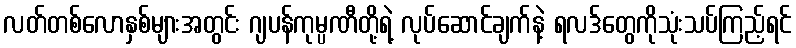
လတ်တစ်လောနှစ်များအတွင်း ဂျပန်ကုမ္ပဏီတို့ရဲ့ လုပ်ဆောင်ချက်နဲ့ ရလဒ်တွေကိုသုံးသပ်ကြည့်ရင်